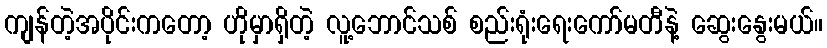
ကျန်တဲ့အပိုင်းကတော့ ဟိုမှာရှိတဲ့ လူ့ဘောင်သစ် စည်းရုံးရေးကော်မတီနဲ့ ဆွေးနွေးမယ်။